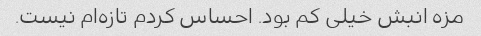
مزه انبش خیلی کم بود. احساس کردم تازه‌ام نیست.